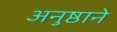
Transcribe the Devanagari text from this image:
अनुष्ठाने